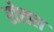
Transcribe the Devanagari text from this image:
रोसल